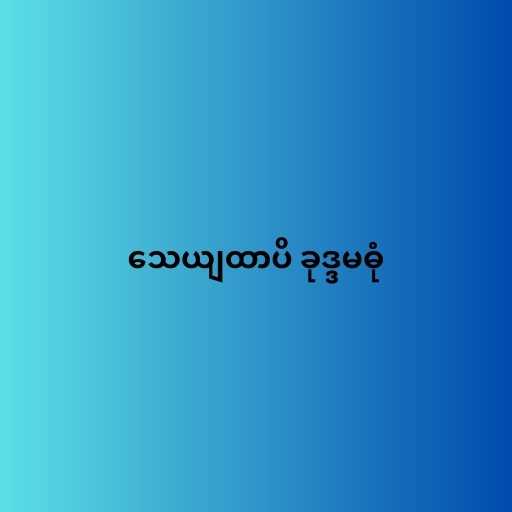
သေယျထာပိ ခုဒ္ဒမဓုံ